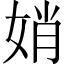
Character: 娋